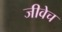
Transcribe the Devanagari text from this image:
जीवेच